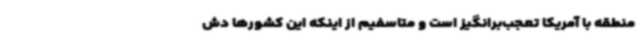
منطقه با آمریکا تعجب‌برانگیز است و متاسفیم از اینکه این کشورها دش